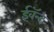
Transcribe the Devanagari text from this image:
ईवॅन्ट